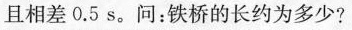
且相差0.5s。问：铁桥的长约为多少?